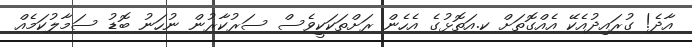
އާދެ! ގުރައިދުއެކޭ އެއްގޮތަށް ކ.އަތޮޅުގެ އެހެން ރަށްތަކަކީވެސް ސަރުކާރުން ނުހަނު ބޮޑު ސަމާލުކަމެއް